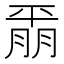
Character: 𫷚